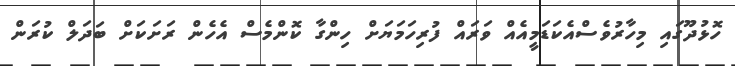
ހޮޅުދޫގައި މިހާރުވެސްއެކަޑަމީއެއް ވަރައް ފުރިހަމަޔަށް ހިންގާ ކޮންމެސް އެހެން ރަށަކަށް ބަދަލް ކުރަން